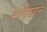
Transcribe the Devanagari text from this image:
शादीखान